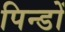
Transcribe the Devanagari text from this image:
पिन्डों